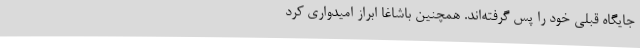
جایگاه قبلی خود را پس گرفته‌اند. همچنین باشاغا ابراز امیدواری کرد